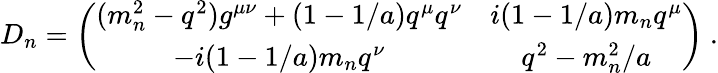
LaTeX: D_{n}=\left(\begin{array}{cc}{{(m_{n}^{2}-q^{2})g^{\mu\nu}+(1-1/a)q^{\mu}q^{\nu}}}&{{i(1-1/a)m_{n}q^{\mu}}}\\ {{-i(1-1/a)m_{n}q^{\nu}}}&{{q^{2}-m_{n}^{2}/a}}\end{array}\right)~.